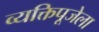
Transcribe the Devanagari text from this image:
व्यक्तिपूजेला